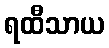
ရထီသာယ